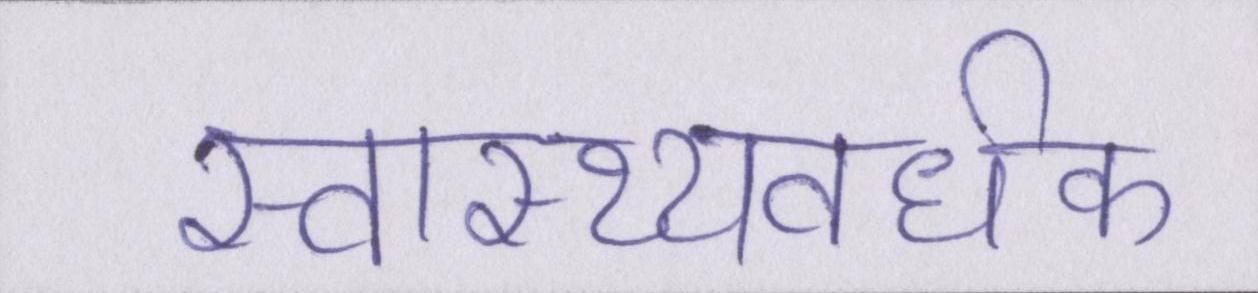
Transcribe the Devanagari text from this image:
स्वास्थ्यवर्धक